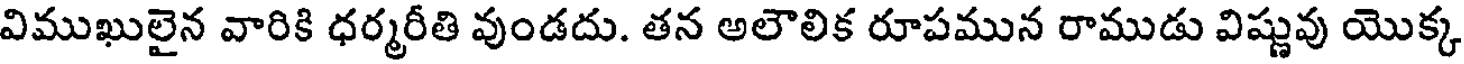
విముఖులైన వారికి ధర్మరీతి వుండదు. తన అలౌలిక రూపమున రాముడు విష్ణువు యొక్క